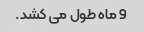
9 ماه طول می کشد.